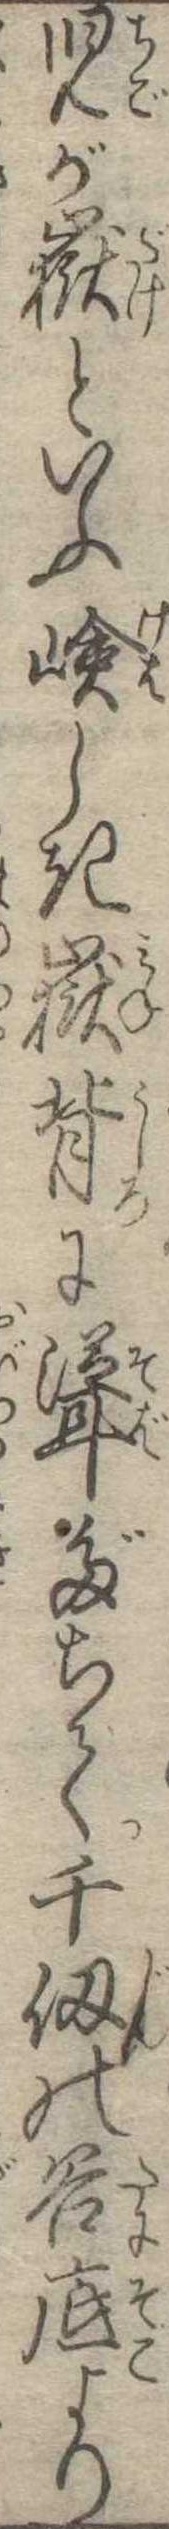
児が岳といふ嶮しき岳背に聳だちて千仭の谷底より